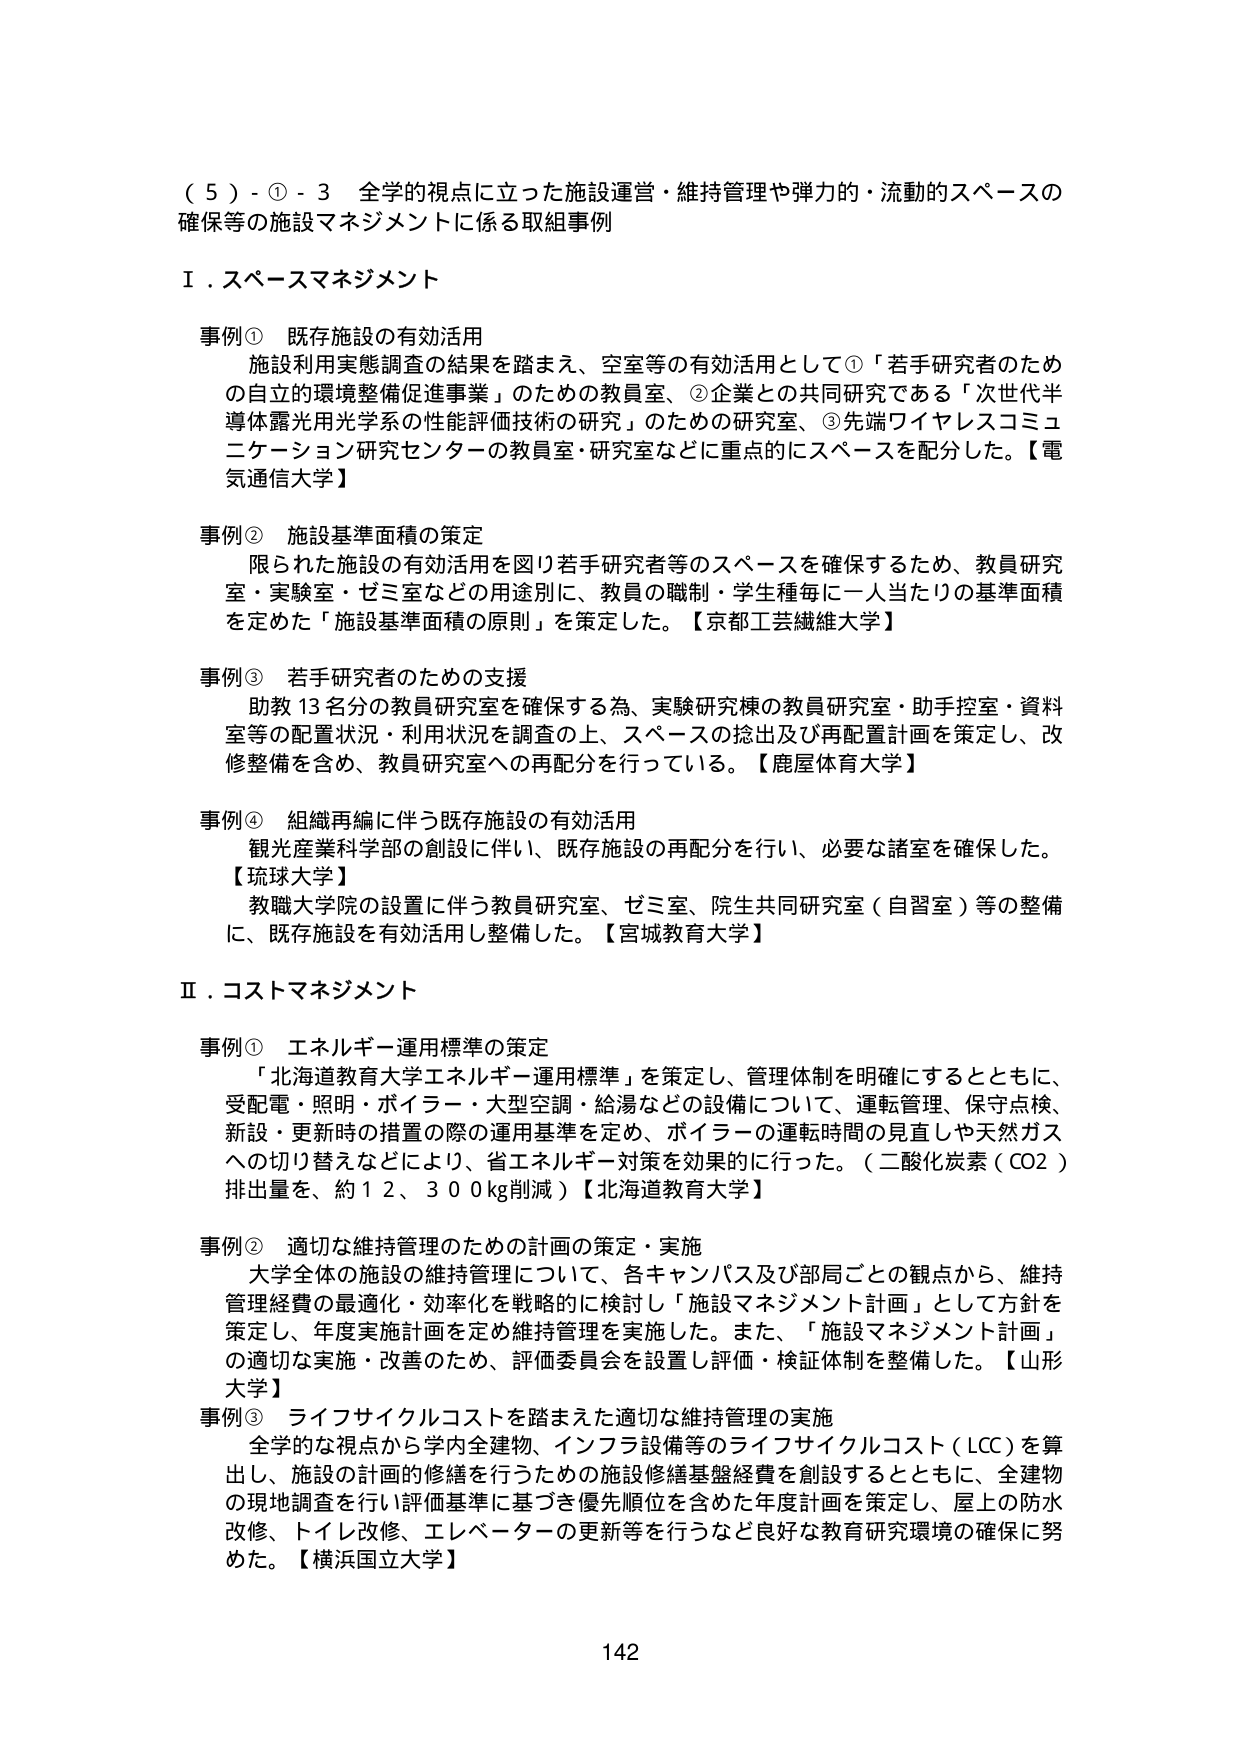
（５）-①-３ 全学的視点に立った施設運営・維持管理や弾力的・流動的スペースの確保等の施設マネジメントに係る取組事例

Ⅰ．スペースマネジメント

事例① 既存施設の有効活用
施設利用実態調査の結果を踏まえ、空室等の有効活用として①「若手研究者のための自立的環境整備促進事業」のための教員室、②企業との共同研究である「次世代半導体露光光学系の性能評価技術の研究」のための研究室、③先端ワイヤレスコミュニケーション研究センターの教員室・研究室などに重点的にスペースを配分した。【電気通信大学】

事例② 施設基準面積の策定
限られた施設の有効活用を図り若手研究者等のスペースを確保するため、教員研究室・実験室・ゼミ室などの用途別に、教員の職制・学生種毎に一人当たりの基準面積を定めた「施設基準面積の原則」を策定した。【京都工芸繊維大学】

事例③ 若手研究者のための支援
助教13名分の教員研究室を確保する為、実験研究棟の教員研究室・助手控室・資料室等の配置状況・利用状況を調査の上、スペースの捻出及び再配置計画を策定し、改修整備を含め、教員研究室への再配分を行っている。【鹿屋体育大学】

事例④ 組織再編に伴う既存施設の有効活用
観光産業科学部の創設に伴い、既存施設の再配分を行い、必要な諸室を確保した。【琉球大学】
教職大学院の設置に伴う教員研究室、ゼミ室、院生共同研究室（自習室）等の整備に、既存施設を有効活用し整備した。【宮城教育大学】

Ⅱ．コストマネジメント

事例① エネルギー運用標準の策定
「北海道教育大学エネルギー運用標準」を策定し、管理体制を明確にするとともに、受配電・照明・ボイラー・大型空調・給湯などの設備について、運転管理、保守点検、新設・更新時の措置の際の運用基準を定め、ボイラーの運転時間の見直しや天然ガスへの切り替えなどにより、省エネルギー対策を効果的に行った。（二酸化炭素（CO2）排出量を、約12,300kg削減）【北海道教育大学】

事例② 適切な維持管理のための計画の策定・実施
大学全体の施設の維持管理について、各キャンパス及び部局ごとの観点から、維持管理経費の最適化・効率化を戦略的に検討し「施設マネジメント計画」として方針を策定し、年度実施計画を定め維持管理を実施した。また、「施設マネジメント計画」の適切な実施・改善のため、評価委員会を設置し評価・検証体制を整備した。【山形大学】

事例③ ライフサイクルコストを踏まえた適切な維持管理の実施
全学的な視点から学内全建物、インフラ設備等のライフサイクルコスト（LCC）を算出し、施設の計画的修繕を行うための施設修繕基盤経費を創設するとともに、全建物の現地調査を行い評価基準に基づき優先順位を含めた年度計画を策定し、屋上の防水改修、トイレ改修、エレベーターの更新等を行うなど良好な教育研究環境の確保に努めた。【横浜国立大学】

142